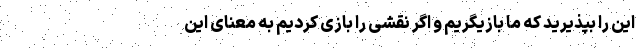
این را بپذیرید که ما بازیگریم و اگر نقشی را بازی کردیم به معنای این